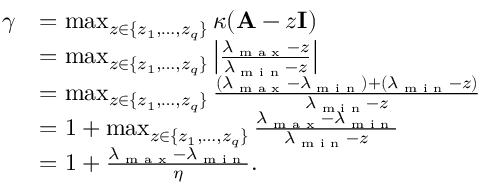
\begin{array} { r l } { \gamma } & { = \operatorname* { m a x } _ { z \in \{ z _ { 1 } , \ldots , z _ { q } \} } \kappa ( \mathbf { A } - z \mathbf { I } ) } \\ & { = \operatorname* { m a x } _ { z \in \{ z _ { 1 } , \ldots , z _ { q } \} } \left| \frac { \lambda _ { \textup { m a x } } - z } { \lambda _ { \textup { m i n } } - z } \right| } \\ & { = \operatorname* { m a x } _ { z \in \{ z _ { 1 } , \ldots , z _ { q } \} } \frac { ( \lambda _ { \textup { m a x } } - \lambda _ { \textup { m i n } } ) + ( \lambda _ { \textup { m i n } } - z ) } { \lambda _ { \textup { m i n } } - z } } \\ & { = 1 + \operatorname* { m a x } _ { z \in \{ z _ { 1 } , \ldots , z _ { q } \} } \frac { \lambda _ { \textup { m a x } } - \lambda _ { \textup { m i n } } } { \lambda _ { \textup { m i n } } - z } } \\ & { = 1 + \frac { \lambda _ { \textup { m a x } } - \lambda _ { \textup { m i n } } } { \eta } . } \end{array}